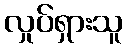
လှုပ်ရှားသူ